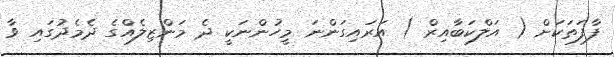
ފާފަތަކަށް ( އަލްކަބާއިރް ) އަރައިގަންނަ މީހުންނަކީ ދެ މަންޒިލެއްގެ ދެމެދުގައި ވާ